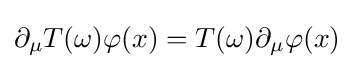
\partial _{\mu }T(\omega )\varphi (x)=T(\omega )\partial _{\mu }\varphi (x)